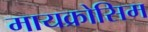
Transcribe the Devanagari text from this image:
मायक्रोसिम